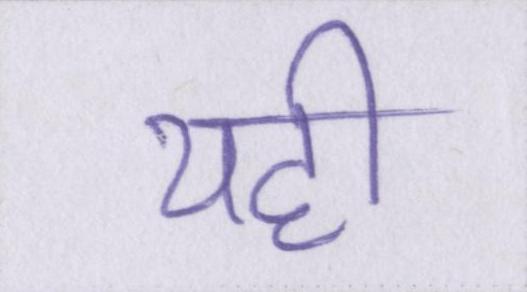
यही